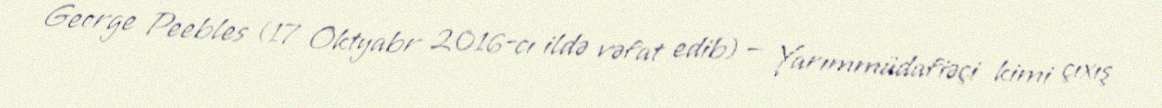
George Peebles (17 Oktyabr 2016-cı ildə vəfat edib) — Yarımmüdafiəçi kimi çıxış